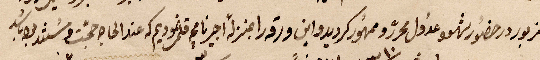
مزبور وحضور شهود عدول محرّر وومهور كرديدواين ورقة بمنزلة اجير نا... قلم نموديم مه عند الحاج ....